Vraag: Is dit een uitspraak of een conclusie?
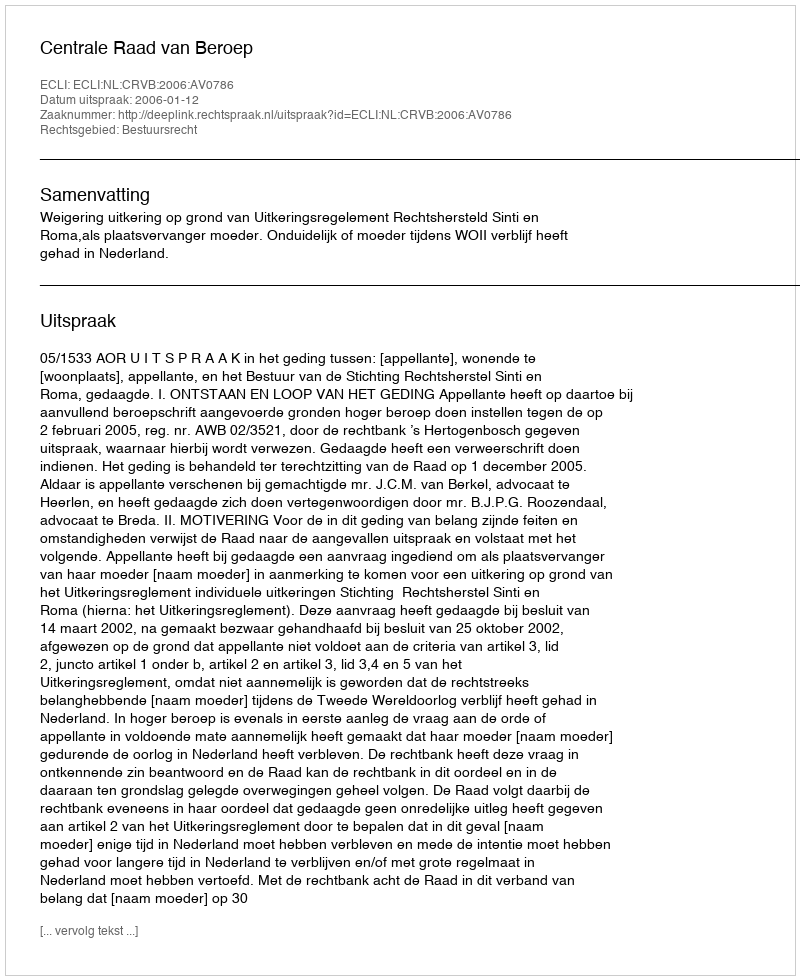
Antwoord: Uitspraak